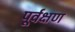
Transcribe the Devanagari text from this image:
पूर्वक्षण